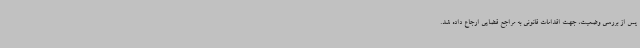
پس از بررسی وضعیت، جهت اقدامات قانونی به مراجع قضایی ارجاع داده شد.